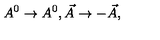
A ^ { 0 } \rightarrow A ^ { 0 } , \vec { A } \rightarrow - \vec { A } ,